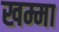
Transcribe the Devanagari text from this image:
खम्मा